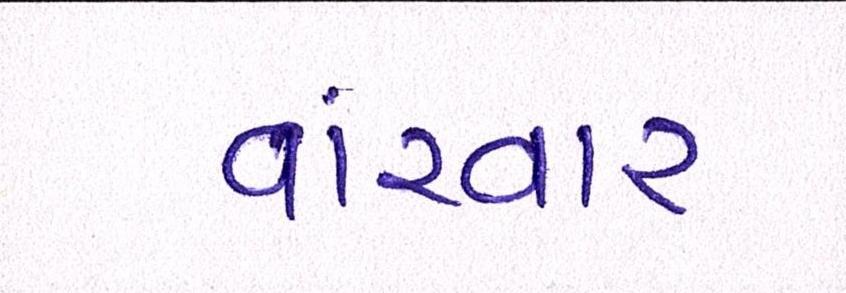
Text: વારંવાર